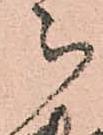
被